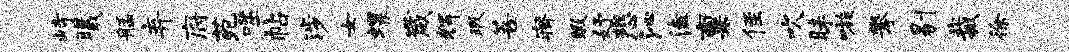
峙曦艋弃府苑噬帖涉女螺崴辉瑕菩瘠暇妤悲沁溘禀侄吹昧嗾攀剔裁徐